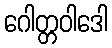
ဂေါတ္တဝါဒေါ